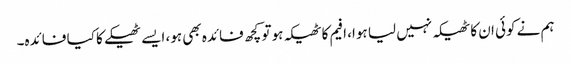
ہم نے کوئی ان کا ٹھیکہ نہیں لیا ہوا، افیم کا ٹھیکہ ہو تو کچھ فائدہ بھی ہو، ایسے ٹھیکے کا کیا فائدہ۔